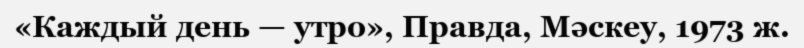
«Каждый день — утро», Правда, Мәскеу, 1973 ж.